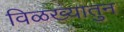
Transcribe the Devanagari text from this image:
विळख्यातुन